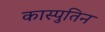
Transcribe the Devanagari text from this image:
कास्पुतिन